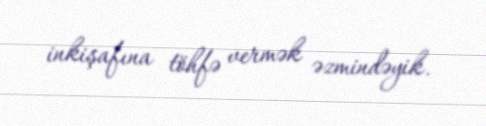
inkişafına töhfə vermək əzmindəyik.